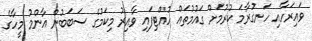
ވައިރަހާއި ހަނގުރާމަ ކުރުމަށް ގައުމުތައް ހުއްޓިފައި ވާއިރު މިކަމުގެ ސަބަބުން އާންމު މީހާގެ